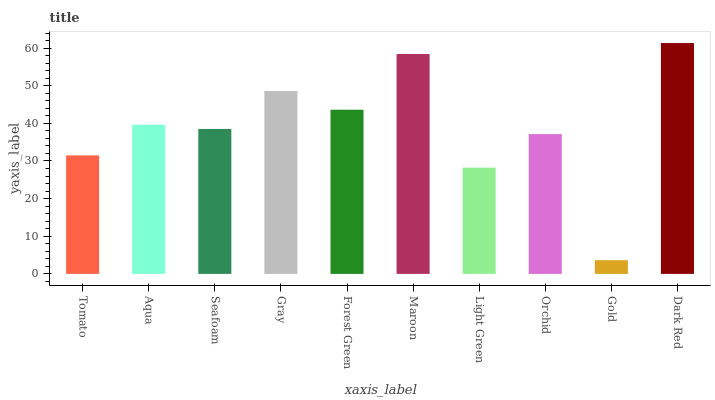
| xaxis_label | bars |
 | --- | --- |
 | Tomato | 31.5 |
 | Aqua | 39.6 |
 | Seafoam | 38.5 |
 | Gray | 48.6 |
 | Forest Green | 43.6 |
 | Maroon | 58.4 |
 | Light Green | 28.2 |
 | Orchid | 37.1 |
 | Gold | 3.64 |
 | Dark Red | 61.3 |